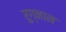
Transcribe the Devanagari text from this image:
रुग्नान